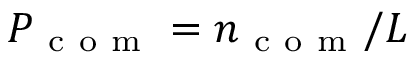
P _ { \mathrm { ~ c ~ o ~ m ~ } } = n _ { \mathrm { ~ c ~ o ~ m ~ } } / L